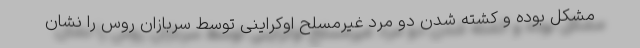
مشکل بوده و کشته شدن دو مرد غیرمسلح اوکراینی توسط سربازان روس را نشان